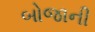
બોજાની